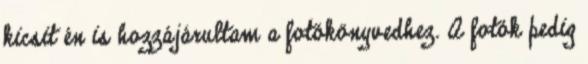
kicsit én is hozzájárultam a fotókönyvedhez. A fotók pedig